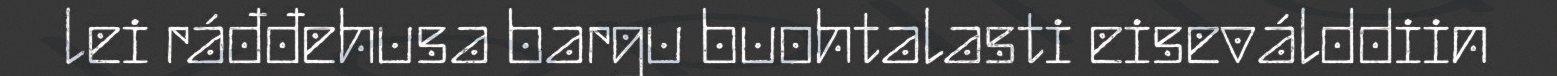
lei ráđđehusa bargu buohtalasti eiseválddiin